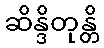
ဆိန္ဒိတုန္တိ